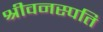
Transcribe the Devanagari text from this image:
श्रीवनस्पति